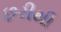
છરીથી